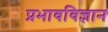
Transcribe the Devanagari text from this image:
प्रभावविज्ञान